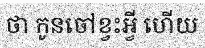
ថា កូនចៅខ្វះអ្វី ហើយ